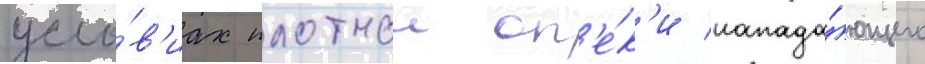
усло́в'иах плотнои оп'е́к'и напада́ющего